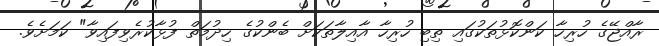
ރާއްޖޭގެ ހުރިހާ ކަންކޮޅުތަކުގައި ތިބި ހުރިހާ އާއިލާތަކަށް ބެންކުގެ ހިދުމަތް ފުޅާކުރެވިފައިވާ" ކަމަށެވެ.